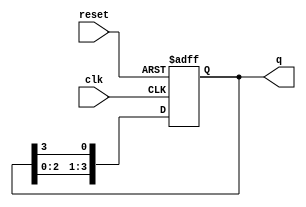
module bistable_ring_counter (
    input wire clk,       // Clock signal
    input wire reset,     // Asynchronous reset signal
    output reg [3:0] q    // Output state of the counter (4 flip-flops)
);
    // Parameter for the number of flip-flops
    parameter N = 4;

    // Sequential logic to implement the ring counter
    always @(posedge clk or posedge reset) begin
        if (reset) begin
            // Initialize the counter to 1000
            q <= 4'b1000;
        end else begin
            // Shift the bits in the ring
            q <= {q[N-2:0], q[N-1]};
        end
    end
endmodule